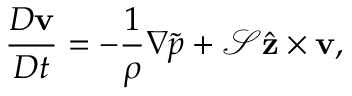
\frac { D \mathbf { v } } { D t } = - \frac { 1 } { \rho } \nabla \tilde { p } + \mathcal { S } \hat { \mathbf { z } } \times \mathbf { v } ,